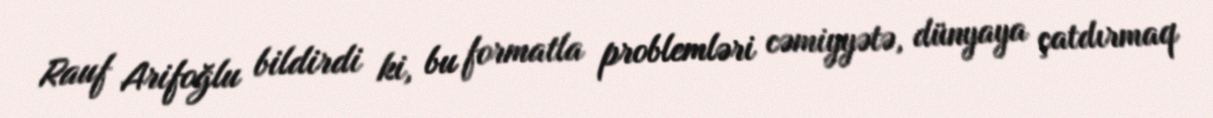
Rauf Arifoğlu bildirdi ki, bu formatla problemləri cəmiyyətə, dünyaya çatdırmaq